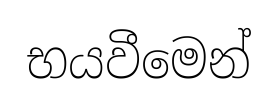
භයවීමෙන්